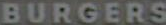
BURGERS